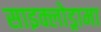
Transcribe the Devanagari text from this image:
साइक्लोड्रामा